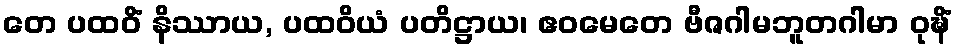
တေ ပထဝိံ နိဿာယ, ပထဝိယံ ပတိဋ္ဌာယ၊ ဧဝမေတေ ဗီဇဂါမဘူတဂါမာ ဝုဍ္ဎိံ